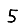
Digit: 5